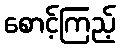
စောင့်ကြည့်